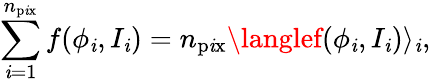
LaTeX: \sum_{\mathit{i}=1}^{n_{\mathrm{{p\mathit{i}x}}}}f(\phi_{\mathit{i}},I_{\mathit{i}})=n_{\mathrm{{p\mathit{i}x}}}\langlef(\phi_{\mathit{i}},I_{\mathit{i}})\rangle_{\mathit{i}},